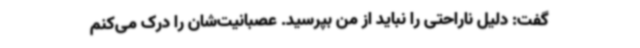
گفت: دلیل ناراحتی را نباید از من بپرسید. عصبانیت‌شان را درک می‌کنم